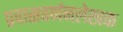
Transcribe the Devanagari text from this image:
प्रवासवर्णनलेखक